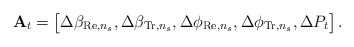
\begin{align*} \mathbf{A}_t = \begin{bmatrix} \Delta \beta_{\mathrm{Re},n_s}, \Delta \beta_{\mathrm{Tr},n_s}, \Delta \phi_{\mathrm{Re},n_s}, \Delta \phi_{\mathrm{Tr},n_s}, \Delta P_t \end{bmatrix}.\end{align*}